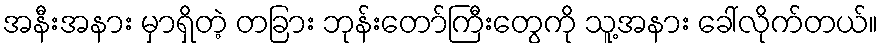
အနီးအနား မှာရှိတဲ့ တခြား ဘုန်းတော်ကြီးတွေကို သူ့အနား ခေါ်လိုက်တယ်။